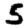
Digit: 5